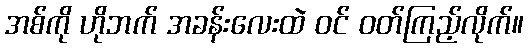
အစ်ကို ဟိုဘက် အခန်းလေးထဲ ဝင် ဝတ်ကြည့်လိုက်။